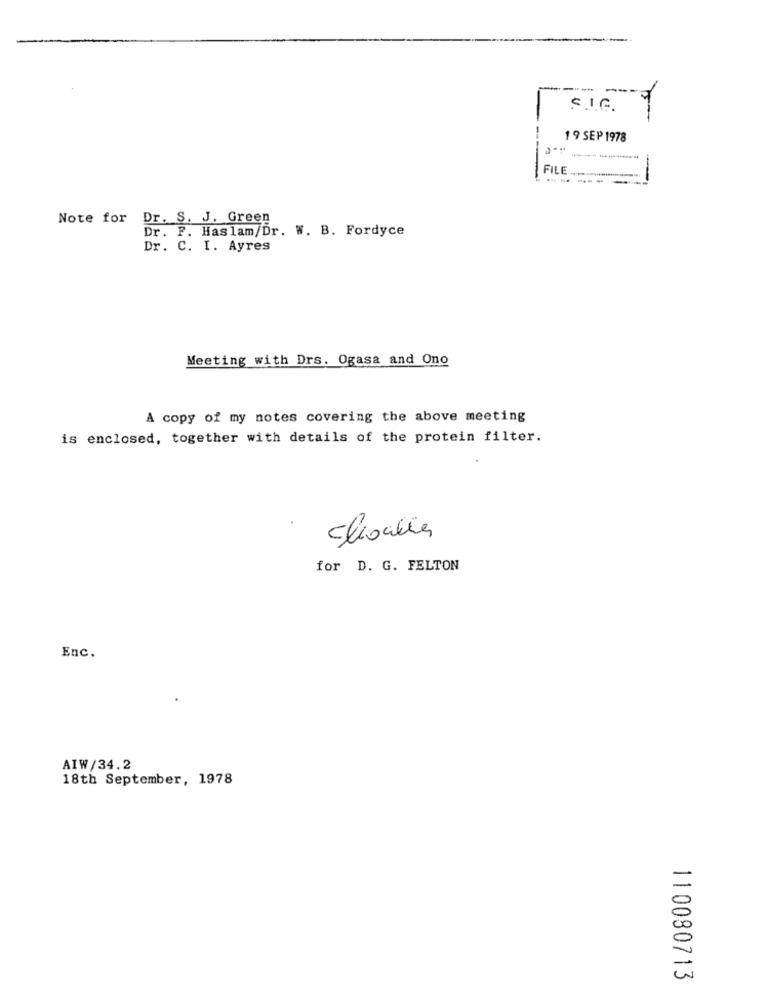
1 9 SEP 1978
----
FILE
------
Note for Dr. S. J. Green
Dr. F. Haslam/Dr. W. B. Fordyce
Dr. C. I. Ayres
Meeting with Drs. Ogasa and Ono
A copy of my notes covering the above meeting
is enclosed, together with details of the protein filter.
for D. G. FELTON
Enc.
AIW/34.2
18th September, 1978
110080713